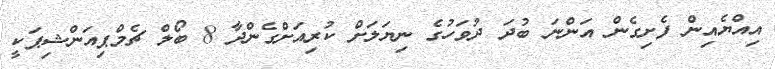
އިއްޔެއިން ފެށިގެން އަންނަ ބުދަ ދުވަހުގެ ނިޔަލަށް ކުރިއަށްގެންދާ 8 ބޯލް ޗެމްޕިއަންޝިޕަކީ